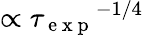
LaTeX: \propto{\tau_{\mathrm{~e~x~p~}}}^{-1/4}